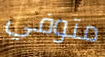
متوفي